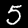
Digit: 5